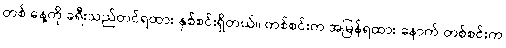
တစ် နေ့ကို ခရီးသည်တင်ရထား နှစ်စင်းရှိတယ်။ တစ်စင်းက အမြန်ရထား နောက် တစ်စင်းက